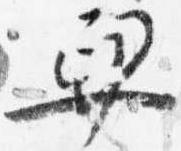
舁